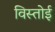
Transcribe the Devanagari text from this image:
विस्तोई